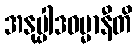
အနုပ္ပါဒဓမ္မာနီတိ